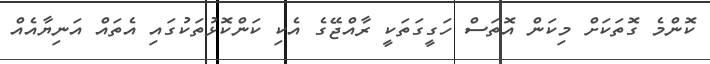
ކޮންމެ ގޮތަކަށް މިކަން އޮތަސް ހަގީގަތަކީ ރާއްޖޭގެ އެކި ކަންކޮޅުތަކުގައި އެތައް އަނިޔާއެއް